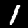
Digit: 1